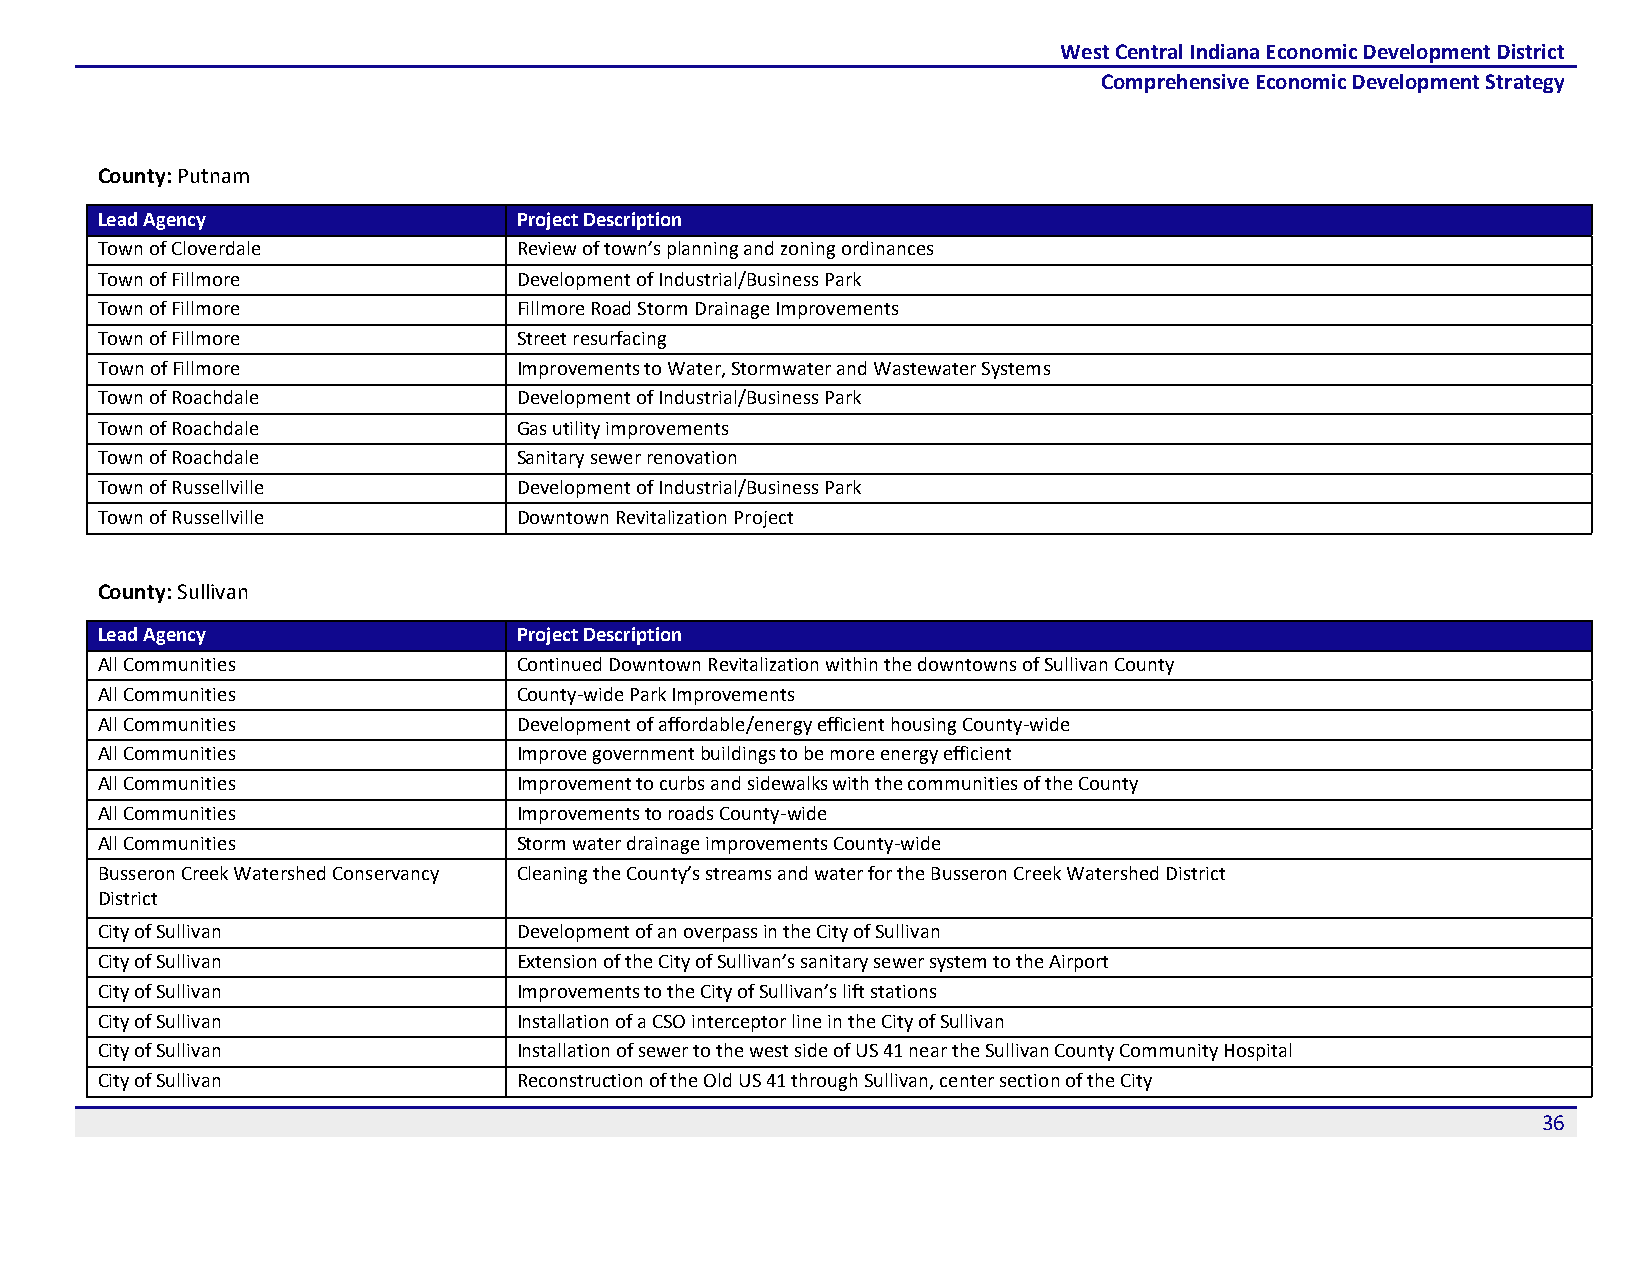
West Central Indiana Economic Development District
 Comprehensive Economic Development Strategy
 County: Putnam
 Lead Agency                 Project Description
 Town of Cloverdale          Review of town’s planning and zoning ordinances
 Town of Fillmore            Development of Industrial/Business Park
 Town of Fillmore            Fillmore Road Storm Drainage Improvements
 Town of Fillmore            Street resurfacing
 Town of Fillmore            Improvements to Water, Stormwater and Wastewater Systems
 Town of Roachdale           Development of Industrial/Business Park
 Town of Roachdale           Gas utility improvements
 Town of Roachdale           Sanitary sewer renovation
 Town of Russellville        Development of Industrial/Business Park
 Town of Russellville        Downtown Revitalization Project
 County: Sullivan
 Lead Agency                 Project Description
 All Communities             Continued Downtown Revitalization within the downtowns of Sullivan County
 All Communities             County-wide Park Improvements
 All Communities             Development of affordable/energy efficient housing County-wide
 All Communities             Improve government buildings to be more energy efficient
 All Communities             Improvement to curbs and sidewalks with the communities of the County
 All Communities             Improvements to roads County-wide
 All Communities             Storm water drainage improvements County-wide
 Busseron Creek Watershed Conservancy Cleaning the County’s streams and water for the Busseron Creek Watershed District
 District
 City of Sullivan            Development of an overpass in the City of Sullivan
 City of Sullivan            Extension of the City of Sullivan’s sanitary sewer system to the Airport
 City of Sullivan            Improvements to the City of Sullivan’s lift stations
 City of Sullivan            Installation of a CSO interceptor line in the City of Sullivan
 City of Sullivan            Installation of sewer to the west side of US 41 near the Sullivan County Community Hospital
 City of Sullivan            Reconstruction of the Old US 41 through Sullivan, center section of the City
 36